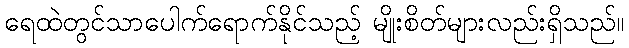
ရေထဲတွင်သာပေါက်ရောက်နိုင်သည့် မျိုးစိတ်များလည်းရှိသည်။